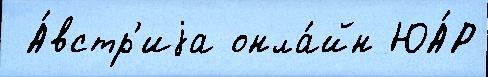
 А́встр'иjа онла́йн ЮА́Р